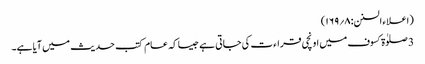
(اعلاء السنن:۸؍۱۶۹)
3 صلوٰۃ کسوف میں اونچی قراء ت کی جاتی ہے جیسا کہ عام کتب حدیث میں آیا ہے۔